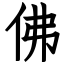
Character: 佛